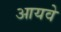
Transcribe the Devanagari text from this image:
आयवे